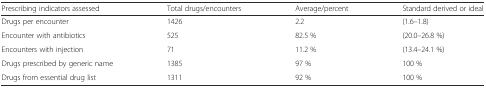
<table><thead><tr><td><b>Prescribing indicators assessed</b></td><td><b>Total drugs/encounters</b></td><td><b>Average/percent</b></td><td><b>Standard derived or ideal</b></td></tr></thead><tbody><tr><td>Drugs per encounter</td><td>1426</td><td>2.2</td><td>(1.6–1.8)</td></tr><tr><td>Encounter with antibiotics</td><td>525</td><td>82.5 %</td><td>(20.0–26.8 %)</td></tr><tr><td>Encounters with injection</td><td>71</td><td>11.2 %</td><td>(13.4–24.1 %)</td></tr><tr><td>Drugs prescribed by generic name</td><td>1385</td><td>97 %</td><td>100 %</td></tr><tr><td>Drugs from essential drug list</td><td>1311</td><td>92 %</td><td>100 %</td></tr></tbody></table>